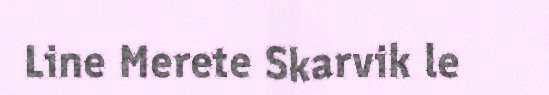
Line Merete Skarvik le